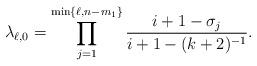
LaTeX: \begin{align*}\lambda_{\ell,0}=\prod_{j=1}^{\min\{\ell,n-m_1\}}\frac{i+1-\sigma_j}{i+1-(k+2)^{-1}}.\end{align*}